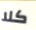
كلا